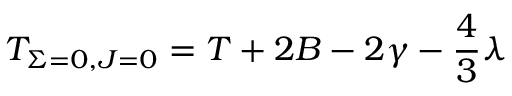
T _ { \ensuremath { \Sigma } = 0 , J = 0 } = T + 2 B - 2 \ensuremath { \gamma } - \frac { 4 } { 3 } \ensuremath { \lambda }